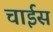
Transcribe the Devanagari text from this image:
चाईस